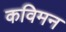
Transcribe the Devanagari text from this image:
कविमन